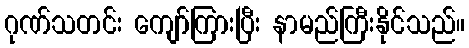
ဂုဏ်သတင်း ကျော်ကြားပြီး နာမည်ကြီးနိုင်သည်။